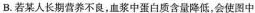
B.若某人长期营养不良，血浆中蛋白质含量降低，会使图中